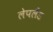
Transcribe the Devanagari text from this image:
लेपलैंड